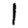
Digit: 1